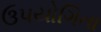
ઉપયોગિતા